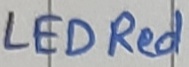
Text: LED Red